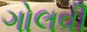
ગોલવી